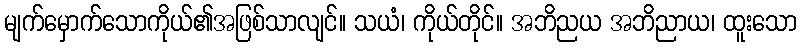
မျက်မှောက်သောကိုယ်၏အဖြစ်သာလျင်။ သယံ၊ ကိုယ်တိုင်။ အဘိညယ အဘိညာယ၊ ထူးသော